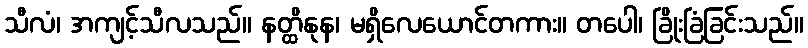
သီလံ၊ အကျင့်သီလသည်။ နတ္ထိနုန၊ မရှိလေယောင်တကား။ တပေါ၊ ခြိုးခြံခြင်းသည်။